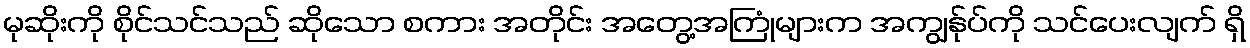
မုဆိုးကို စိုင်သင်သည် ဆိုသော စကား အတိုင်း အတွေ့အကြုံများက အကျွန်ုပ်ကို သင်ပေးလျက် ရှိ